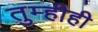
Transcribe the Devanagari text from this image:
तुम्हीही